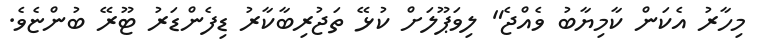
މިހާރު އެކަން ކާމިޔާބު ވެއްޖެ" ލިވަޕޫލަށް ކުޅޭ ތަޖުރިބާކާރު ޑިފެންޑަރު ޓޫރޭ ބުންޏެވެ.